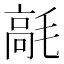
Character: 𩫁